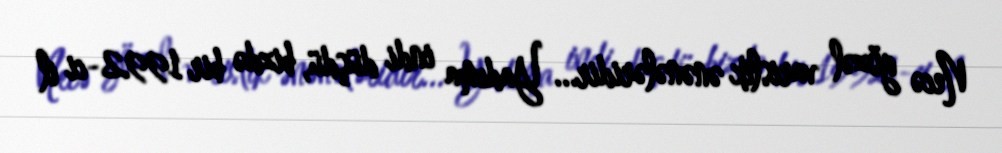
Necə gözəl varislik ənənələridir... Yadıma indi düşdü, bizdə bir 1992-ci il